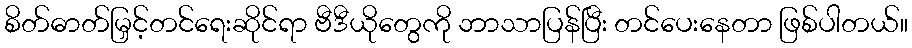
စိတ်ဓာတ်မြှင့်တင်ရေးဆိုင်ရာ ဗီဒီယိုတွေကို ဘာသာပြန်ပြီး တင်ပေးနေတာ ဖြစ်ပါတယ်။